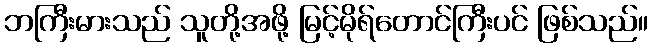
ဘကြီးမားသည် သူတို့အဖို့ မြင့်မိုရ်တောင်ကြီးပင် ဖြစ်သည်။